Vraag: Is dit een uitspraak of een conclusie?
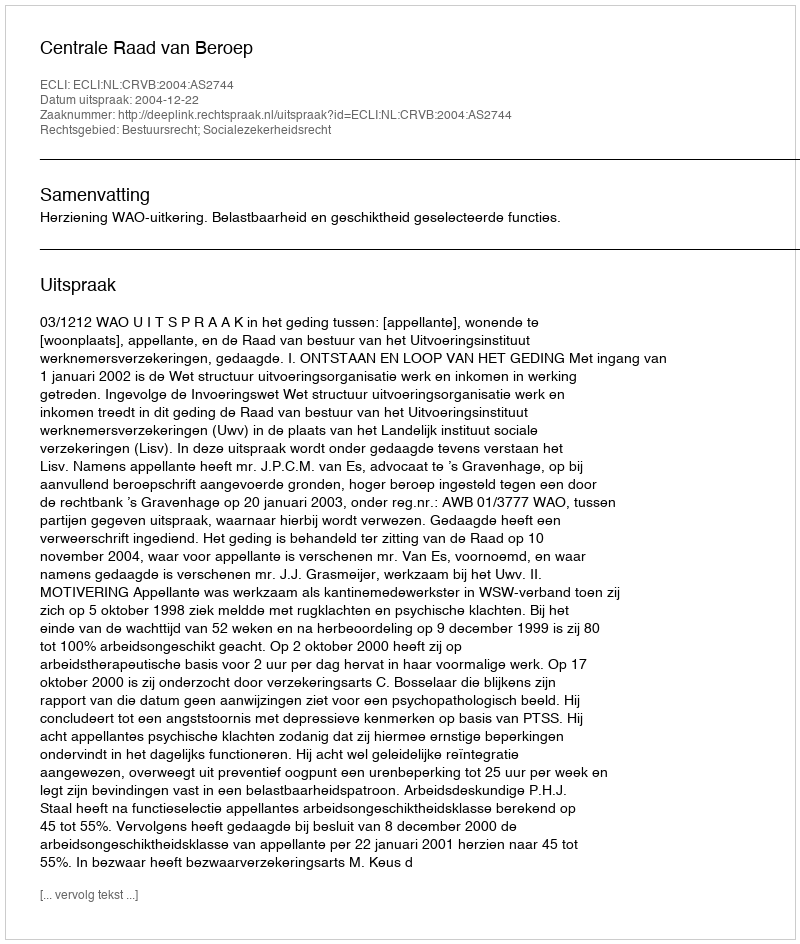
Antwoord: Uitspraak